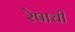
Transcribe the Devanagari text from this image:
रेषाची